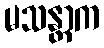
မသန္တာက